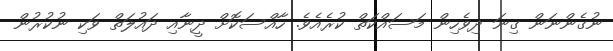
ނުގެންނަން ގިނަ ދިވެހިން މަސައްކަތް ކުރެއެވެ. ހާއްސަކޮށް ދީނާއި ދައުލަތް ވަކި ނުކުރުން